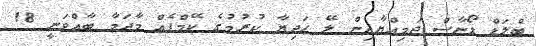
ބްލަޑް ޑޯނާސް ޖަމިއްޔާއިން ލޭ ހަދިޔާ ކުރުމުގެ ކޭމްޕެއް މާދަމާ ބާއްވަނީ 18